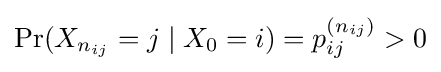
\Pr(X_{n_{ij}}=j\mid X_{0}=i)=p_{ij}^{(n_{ij})}>0